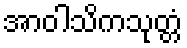
အာဝါသိကသုတ္တံ